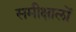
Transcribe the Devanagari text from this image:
समीक्षालों